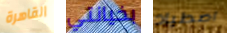
القاهرة بخيانتي اصطياد